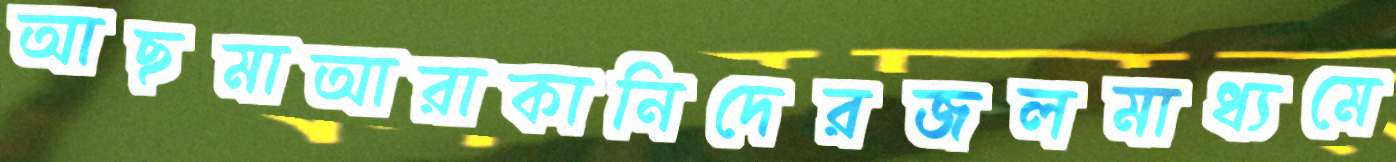
আছমাআরাকানিদেরজলমাধ্যমে